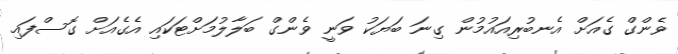
ވެންގް ގެއަށް އެނބުރިއައުމުން ގިނަ ބަޔަކު ވަނީ ވެންގް ބަލާލުމަށްޓަކައި އެގެއަށް ގޮސްފައި